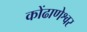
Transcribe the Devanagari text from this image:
कोंढाणेश्वर